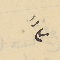
٣"